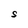
Character: S